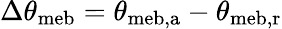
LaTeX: \Delta\theta_{\mathrm{{meb}}}=\theta_{\mathrm{{meb,a}}}-\theta_{\mathrm{{meb,r}}}